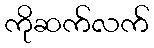
ကိုဆက်လက်